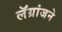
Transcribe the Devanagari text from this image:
लॅग्रांजने